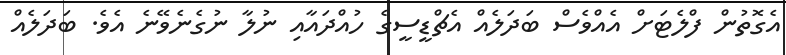
އެގޮތުން ފްލެޓަށް އެއްވެސް ބަދަލެއް އެޗްޑީސީގެ ހުއްދައާއި ނުލާ ނުގެނެވޭނެ އެވެ. ބަދަލެއް